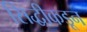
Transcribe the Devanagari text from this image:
सिद्धीकडून